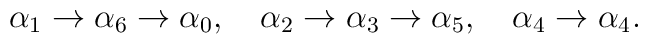
\alpha_{1}\rightarrow\alpha_{6}\rightarrow\alpha_{0},\quad\alpha_{2}\rightarrow\alpha_{3}\rightarrow\alpha_{5},\quad \alpha_{4}\rightarrow\alpha_{4}.